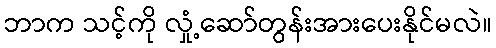
ဘာက သင့်ကို လှုံ့ဆော်တွန်းအားပေးနိုင်မလဲ။